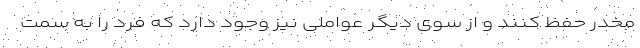
مخدر حفظ کنند و از سوی دیگر عواملی نیز وجود دارد که فرد را به سمت